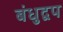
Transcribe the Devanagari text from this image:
बंधुद्वप